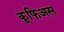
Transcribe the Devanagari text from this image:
कूफिअस